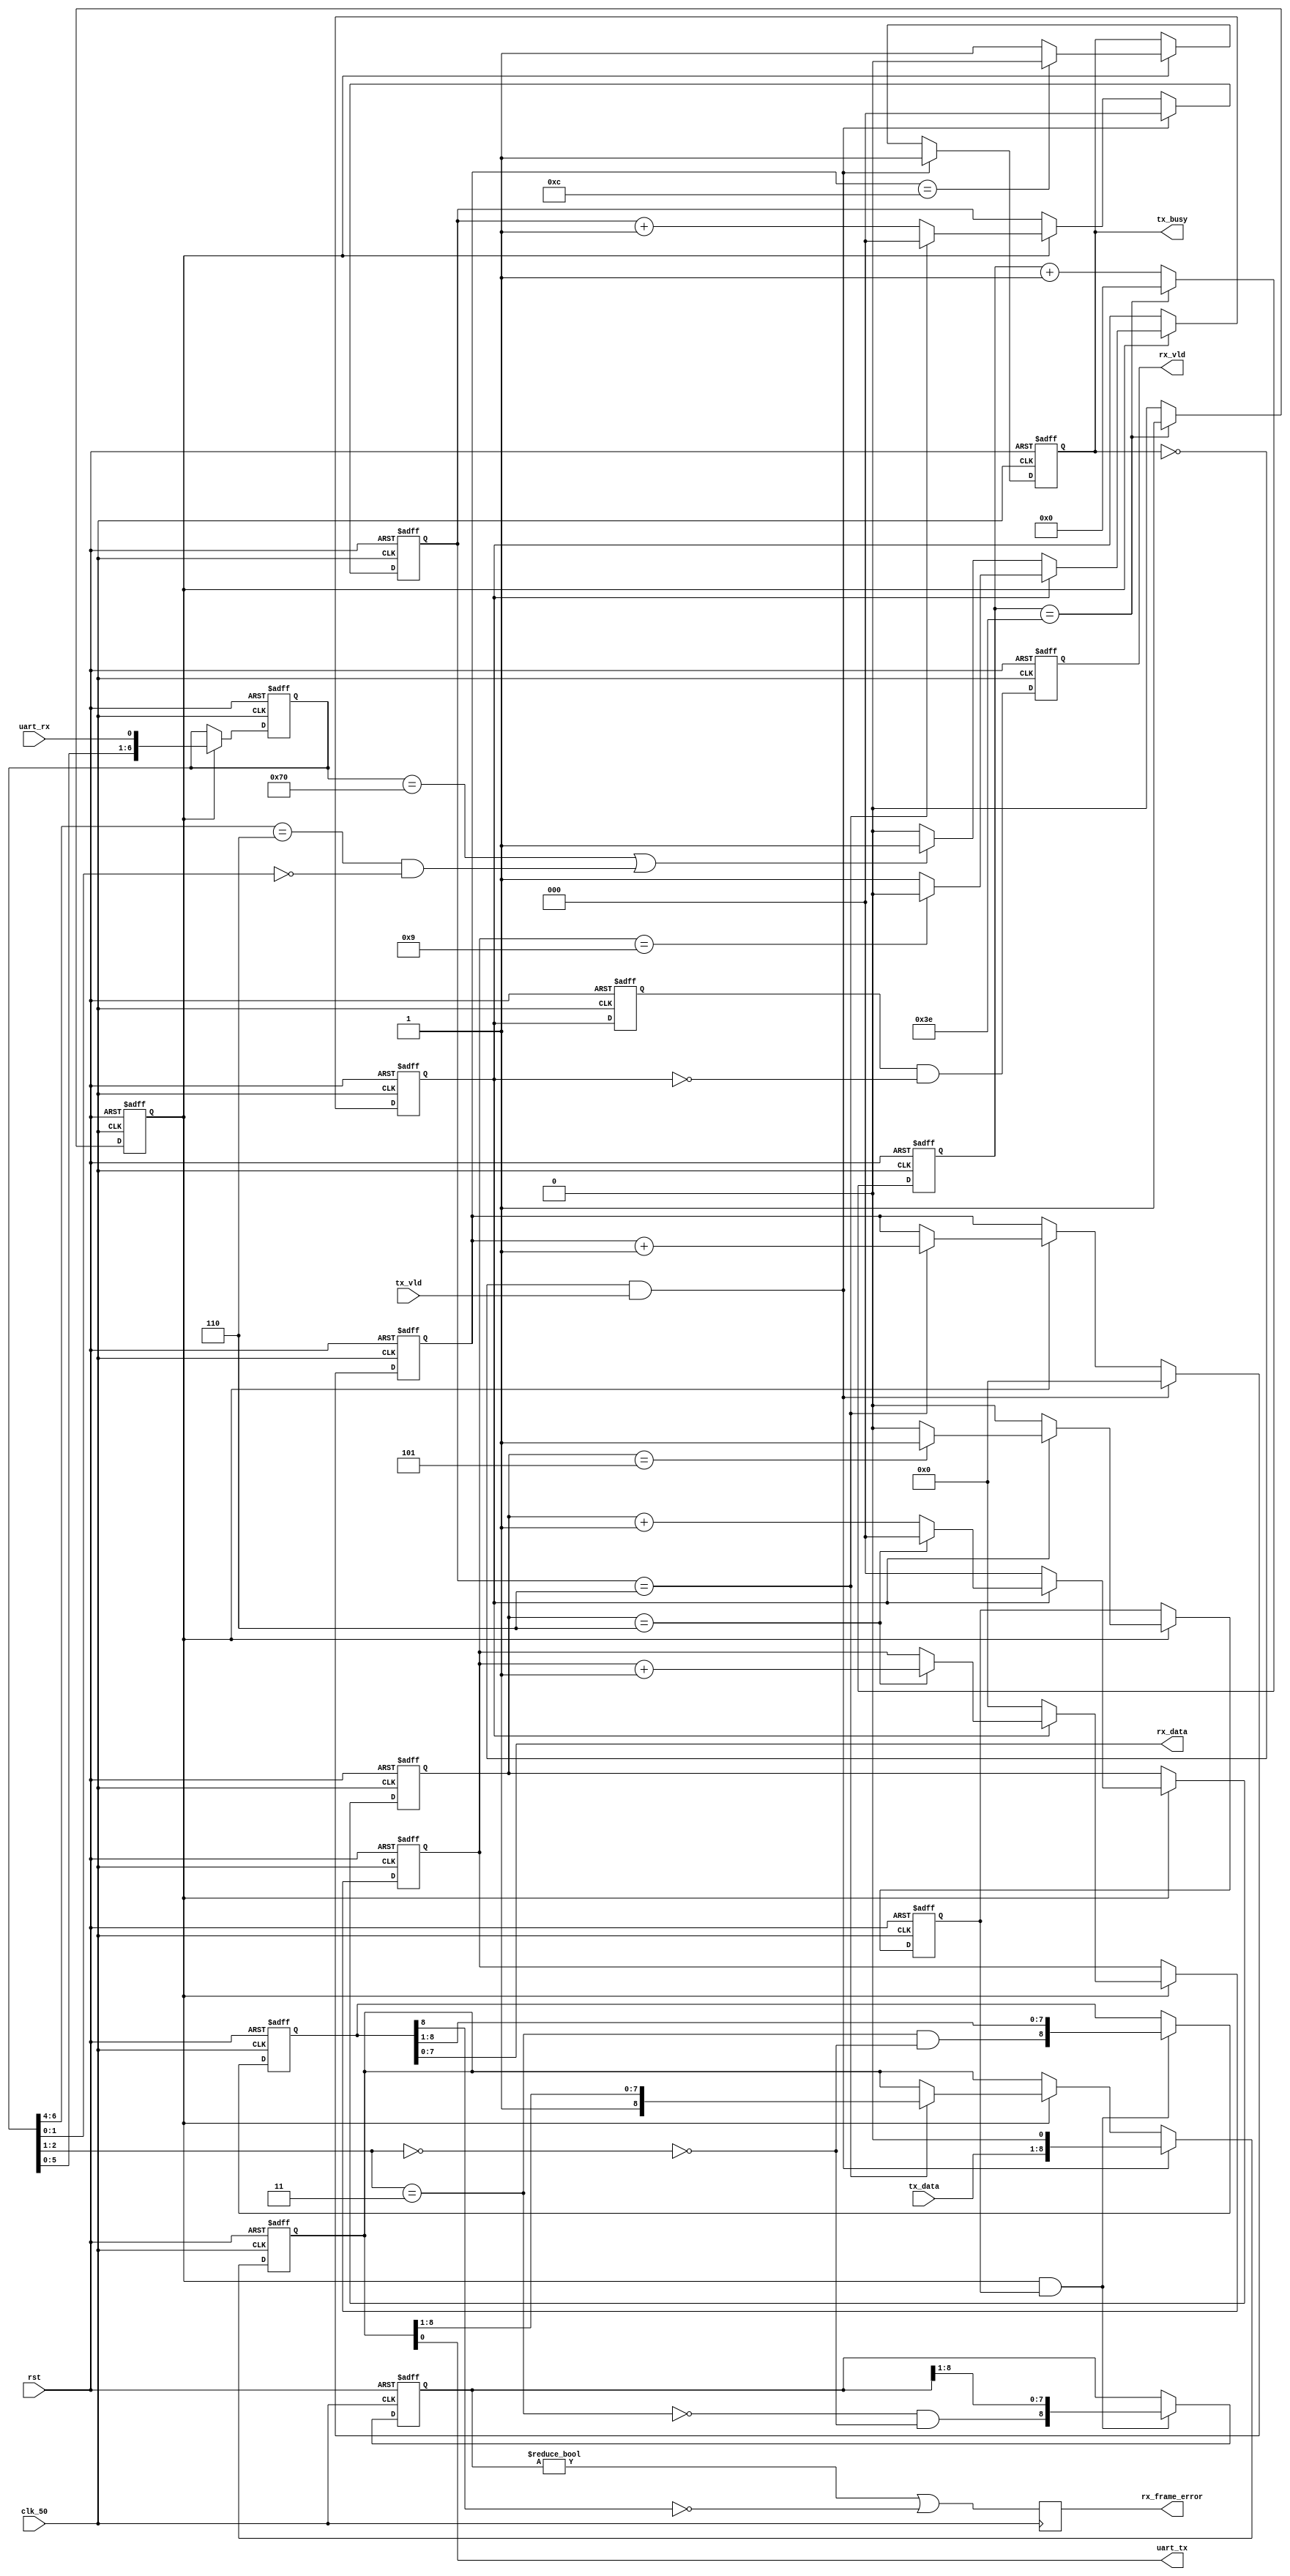
module rcn_uart_framer
(
    input clk_50,
    input rst,

    output reg tx_busy,
    input tx_vld,
    input [7:0] tx_data,

    output rx_vld,
    output [7:0] rx_data,
    output reg rx_frame_error,

    output uart_tx,
    input uart_rx
);
    parameter SAMPLE_CLK_DIV = 6'd62; // Value for 115200 @ 50 MHz in

    //
    // 50 MHz -> sample clock (7 * bit)
    //

    reg [5:0] sample_cnt;
    reg sample_en;

    always @ (posedge clk_50 or posedge rst)
        if (rst)
        begin
            sample_cnt <= 6'd0;
            sample_en <= 1'b0;
        end
        else if (sample_cnt == SAMPLE_CLK_DIV)
        begin
            sample_cnt <= 6'd0;
            sample_en <= 1'b1;
        end
        else
        begin
            sample_cnt <= sample_cnt + 6'd1;
            sample_en <= 1'b0;
        end

    //
    // Rx data sample state machine
    //

    reg [6:0] rx_sample;
    reg [2:0] rx_bitclk_cnt;
    reg rx_bitclk_en;
    reg [3:0] rx_bit_cnt;

    reg rx_busy;

    wire rx_falling_clean = (rx_sample[6:0] == 7'b1110000);
    wire rx_falling_dirty = (rx_sample[6:4] == 3'b110) && (rx_sample[1:0] == 2'b00);
    wire rx_falling = rx_falling_clean || rx_falling_dirty;

    wire rx_high = (rx_sample[2:1] == 2'b11);
    wire rx_low = (rx_sample[2:1] == 2'b00);

    always @ (posedge clk_50 or posedge rst)
        if (rst)
            rx_sample <= 7'd0;
        else if (sample_en)
            rx_sample <= {rx_sample[5:0], uart_rx};

    always @ (posedge clk_50 or posedge rst)
        if (rst)
        begin
            rx_bitclk_cnt <= 3'd0;
            rx_bitclk_en <= 1'b0;
            rx_bit_cnt <= 4'd0;
            rx_busy <= 1'b0;
        end
        else if (sample_en)
        begin
            if (!rx_busy)
            begin
                rx_bitclk_cnt <= 3'd0;
                rx_bitclk_en <= 1'b0;
                rx_bit_cnt <= 4'd0;
                rx_busy <= (rx_falling) ? 1'b1 : 1'b0;
            end
            else
            begin
                rx_busy <= (rx_bit_cnt == 4'd9) ? 1'b0 : 1'b1;

                rx_bitclk_en <= (rx_bitclk_cnt == 3'd5) ? 1'b1 : 1'b0;

                if (rx_bitclk_cnt == 3'd6)
                begin
                    rx_bitclk_cnt <= 3'd0;
                    rx_bit_cnt <= rx_bit_cnt + 4'd1;
                end
                else
                begin
                    rx_bitclk_cnt <= rx_bitclk_cnt + 3'd1;
                end
            end
        end

    //
    // Rx bit capture and signalling
    //

    reg [8:0] rx_capture;
    reg [8:0] rx_signal_errors;
    reg rx_data_done;
    reg rx_busy_d1;

    always @ (posedge clk_50 or posedge rst)
        if (rst)
        begin
            rx_capture <= 9'd0;
            rx_signal_errors <= 9'd0;
        end
        else if (sample_en && rx_bitclk_en)
        begin
            rx_capture <= {rx_high && !rx_low, rx_capture[8:1]};
            rx_signal_errors <= {!rx_high && !rx_low, rx_signal_errors[8:1]};
        end

    always @ (posedge clk_50 or posedge rst)
        if (rst)
        begin
            rx_data_done <= 1'b0;
            rx_busy_d1 <= 1'b0;
        end
        else
        begin
            rx_data_done <= rx_busy_d1 && !rx_busy;
            rx_busy_d1 <= rx_busy;
        end

    assign rx_vld = rx_data_done;
    assign rx_data = rx_capture[7:0];

    always @ (posedge clk_50)
        rx_frame_error <= (rx_signal_errors != 9'd0) || !rx_capture[8];

    //
    // Tx state machine
    //

    reg [8:0] tx_shift;
    reg [2:0] tx_bitclk_cnt;
    reg [3:0] tx_cnt;

    assign uart_tx = tx_shift[0];

    always @ (posedge clk_50 or posedge rst)
        if (rst)
        begin
            tx_shift <= {9{1'b1}};
            tx_bitclk_cnt <= 3'd0;
            tx_cnt <= 4'd0;
            tx_busy <= 1'b0;
        end
        else if (!tx_busy && tx_vld)
        begin
            tx_shift <= {tx_data, 1'b0};
            tx_bitclk_cnt <= 3'd0;
            tx_cnt <= 4'd0;
            tx_busy <= 1'b1;
        end
        else if (sample_en)
        begin
            tx_busy <= (tx_cnt == 4'd12) ? 1'b0 : 1'b1;

            if (tx_bitclk_cnt == 3'd6)
            begin
                tx_bitclk_cnt <= 3'd0;
                tx_shift <= {1'b1, tx_shift[8:1]};
                tx_cnt <= tx_cnt + 4'd1;
            end
            else
            begin
                tx_bitclk_cnt <= tx_bitclk_cnt + 3'd1;
            end
        end

endmodule